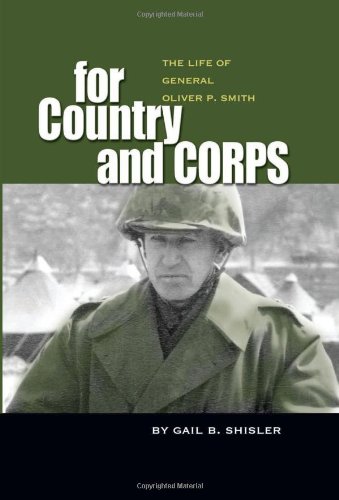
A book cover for For Country and Corps: The Life of General Oliver P. Smith; Gail B. Shisler; History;